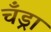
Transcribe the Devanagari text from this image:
चँड्रा